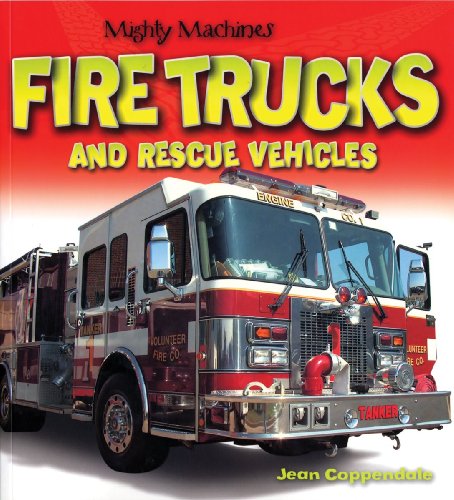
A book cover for Fire Trucks and Rescue Vehicles (Mighty Machines); Jean Coppendale; Children's Books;